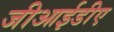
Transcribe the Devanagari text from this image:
जीआईडीए